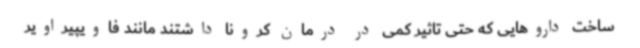
ساخت داروهایی که حتی تاثیر کمی در درمان کرونا داشتند مانند فاویپیراویر